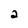
Character: 2